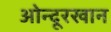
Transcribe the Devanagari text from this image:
ओन्दूरखान